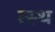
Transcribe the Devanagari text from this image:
त्स्थ